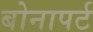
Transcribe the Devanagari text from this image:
बोनापर्ट